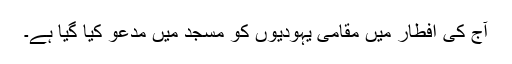
آج کی افطار میں مقامی یہودیوں کو مسجد میں مدعو کیا گیا ہے۔